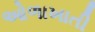
ઓળાખાતી